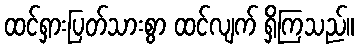
ထင်ရှားပြတ်သားစွာ ထင်လျက် ရှိကြသည်။